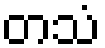
တသံ